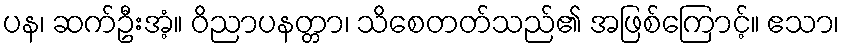
ပန၊ ဆက်ဦးအံ့။ ဝိညာပနတ္တာ၊ သိစေတတ်သည်၏ အဖြစ်ကြောင့်။ ဧသာ၊